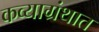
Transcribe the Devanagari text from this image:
कव्याग्रंथात